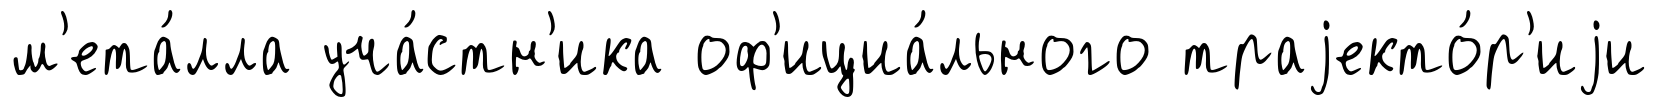
м'ета́лла уча́стн'ика оф'ициа́льного траjекто́р'иjи